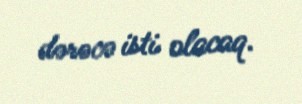
dərəcə isti olacaq.